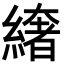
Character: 𦅁